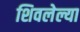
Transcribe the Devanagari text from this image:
शिवलेल्या